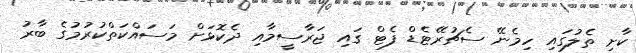
ކާށި ތެލުގައި ހިމެނޭ ސެޗުރޭޓެޑް ފެޓް ގައި ޖަރާސީމާއި ދެކޮޅަށް މަސައްކަތްކުރުމުގެ ބާރު